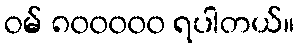
ဝမ် ၈၀၀၀၀၀ ရပါတယ်။